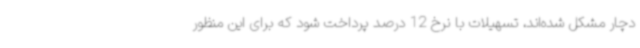
دچار مشکل شده‌اند، تسهیلات با نرخ 12 درصد پرداخت شود که برای این منظور